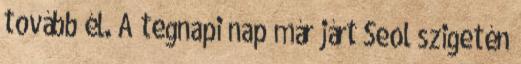
tovább él. A tegnapi nap már járt Seol szigetén